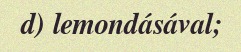
d) lemondásával;